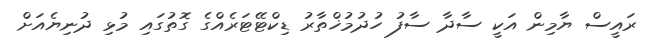
ރައީސް ޔާމިން އަކީ ސާދާ ސާފު ހުދުމުޚްތާރު ޑިކްޓޭޓަރެއްގެ ގޮތުގައި މުޅި ދުނިޔެއަށް